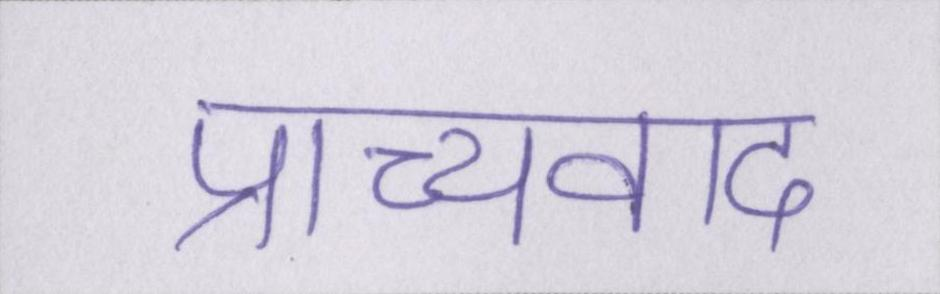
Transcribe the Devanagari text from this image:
प्राच्यवाद